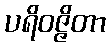
ပရိဝဇ္ဇိတာ